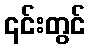
၎င်းတွင်